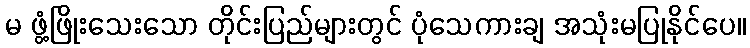
မ ဖွံ့ဖြိုးသေးသော တိုင်းပြည်များတွင် ပုံသေကားချ အသုံးမပြုနိုင်ပေ။